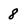
Character: 8